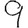
Digit: 9